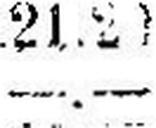
—.—